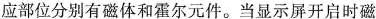
应部位分别有磁体和霍尔元件。当显示屏开启时磁